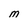
Character: M